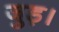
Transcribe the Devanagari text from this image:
जुड़।